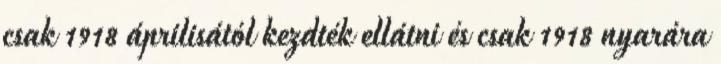
csak 1918 áprilisától kezdték ellátni és csak 1918 nyarára